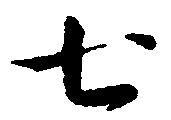
七